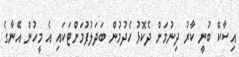
އިސާކް ބުނީ ކާރު ދިނުމަށް ދެކޮޅު ހެދުމުން ބަދަލުފުމަށްޓަކައި އެ މީހުން އޭނާގެ